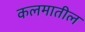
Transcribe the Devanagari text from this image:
कलमातील